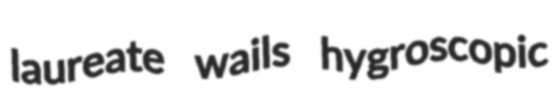
laureate wails hygroscopic